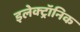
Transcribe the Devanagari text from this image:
इलेक्‍ट्रॉनिक